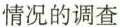
情况的调查